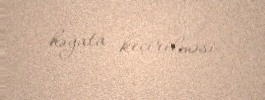
həyata keçirilməsi.